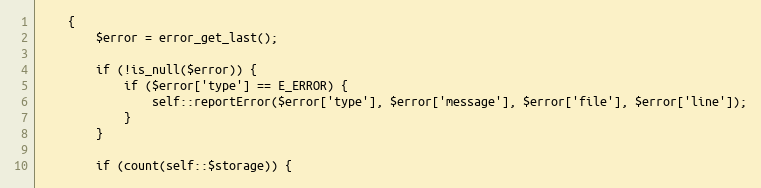
Language: PHP
    {
        $error = error_get_last();

        if (!is_null($error)) {
            if ($error['type'] == E_ERROR) {
                self::reportError($error['type'], $error['message'], $error['file'], $error['line']);
            }
        }

        if (count(self::$storage)) {